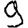
Digit: 9